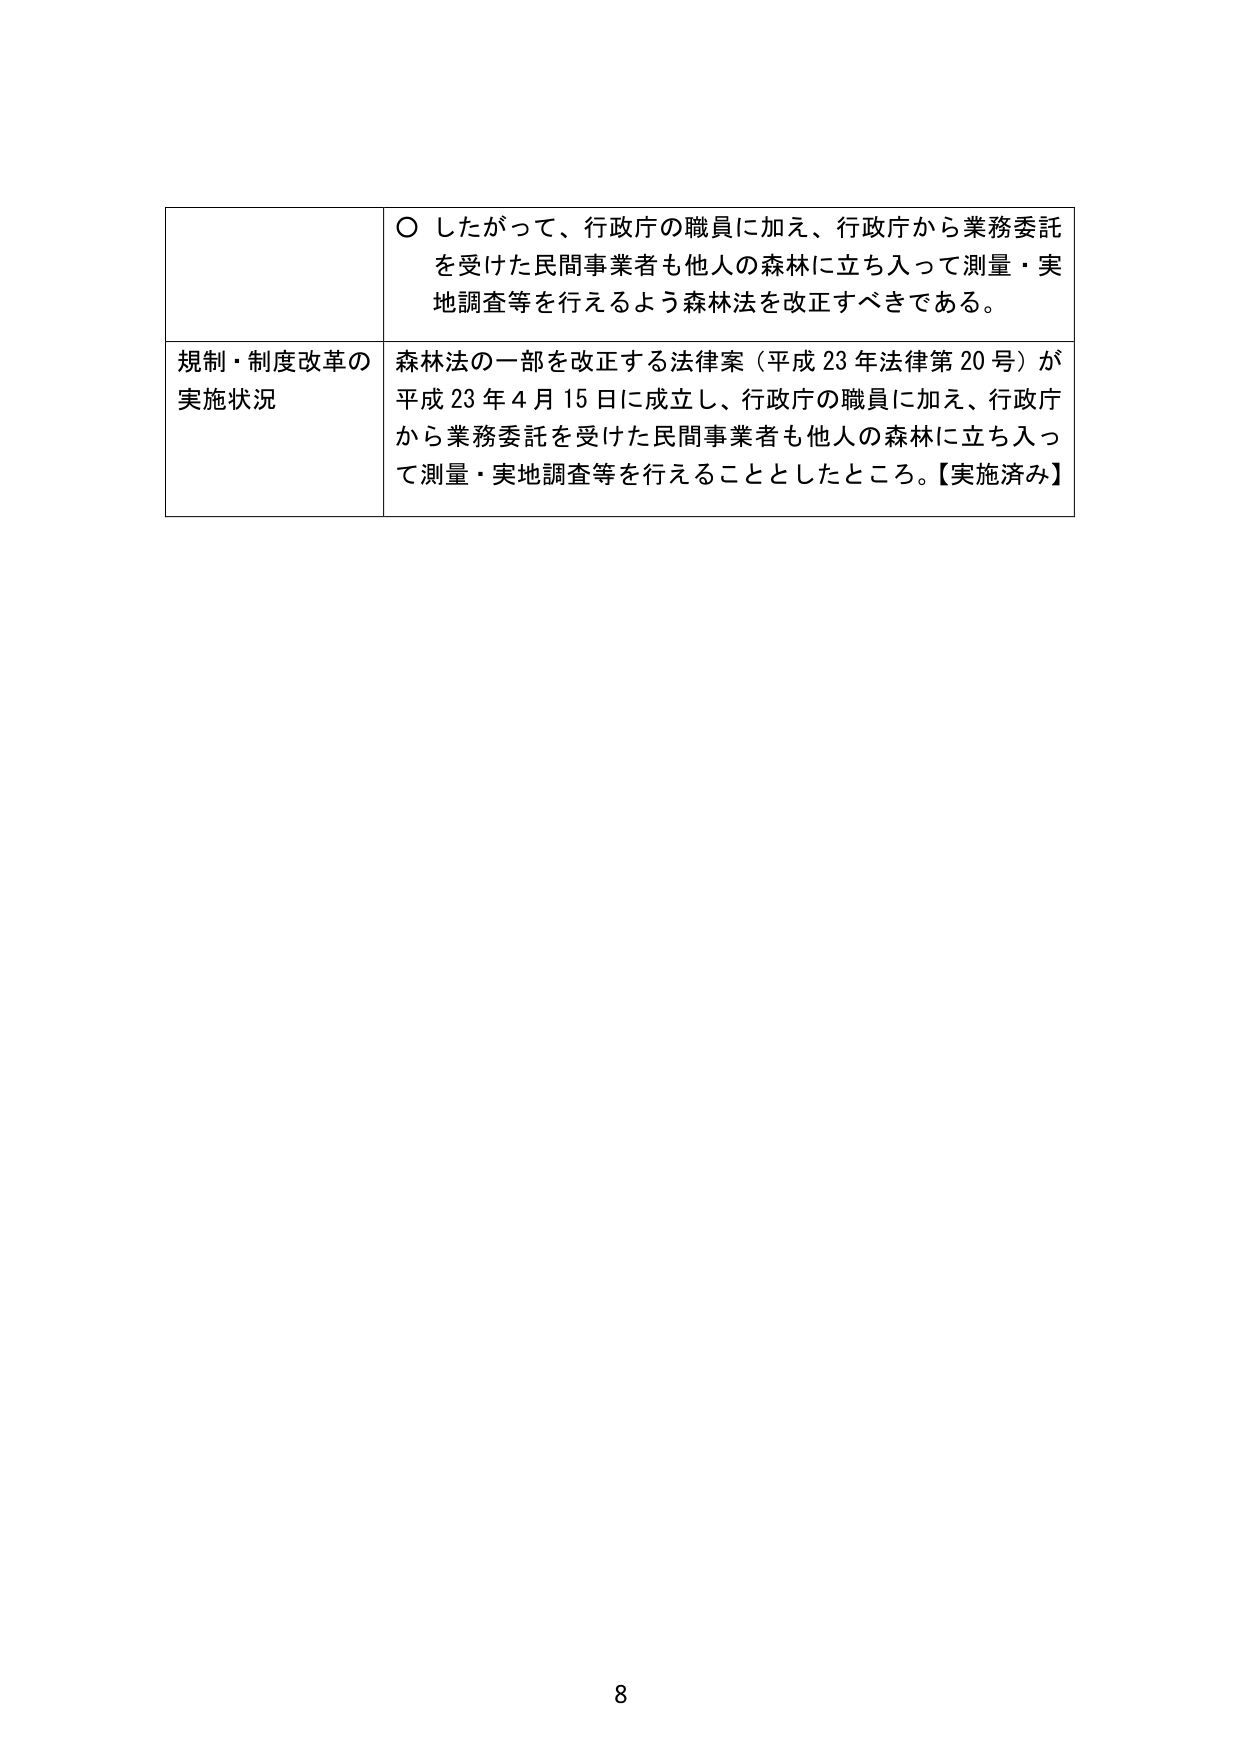
○ したがって、行政庁の職員に加え、行政庁から業務委託を受けた民間事業者も他人の森林に立ち入って測量・実地調査等を行えるよう森林法を改正すべきである。

規制・制度改革の実施状況　森林法の一部を改正する法律案（平成23年法律第20号）が平成23年4月15日に成立し、行政庁の職員に加え、行政庁から業務委託を受けた民間事業者も他人の森林に立ち入って測量・実地調査等を行えることとしたところ。【実施済み】

8